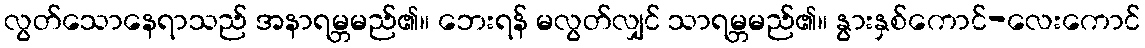
လွတ်သောနေရာသည် အနာရမ္ဘမည်၏။ ဘေးရန် မလွတ်လျှင် သာရမ္ဘမည်၏။ နွားနှစ်ကောင်-လေးကောင်